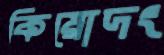
কিয়োদং